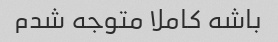
باشه کاملا متوجه شدم